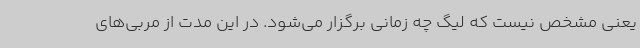
یعنی مشخص نیست که لیگ چه زمانی برگزار می‌شود. در این مدت از مربی‌های